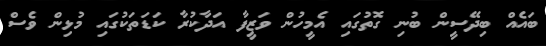
ބައެއް ބިދޭސީން ބުނި ގޮތުގައި އެމީހުން ވަޒީފާ އަދާކުރާ ކަޑަތަކުގައި މުޅިން ވެސް